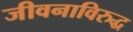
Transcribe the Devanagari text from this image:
जीवनाविरुद्ध